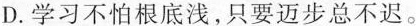
D.学习不怕根底浅，只要迈步总不迟。